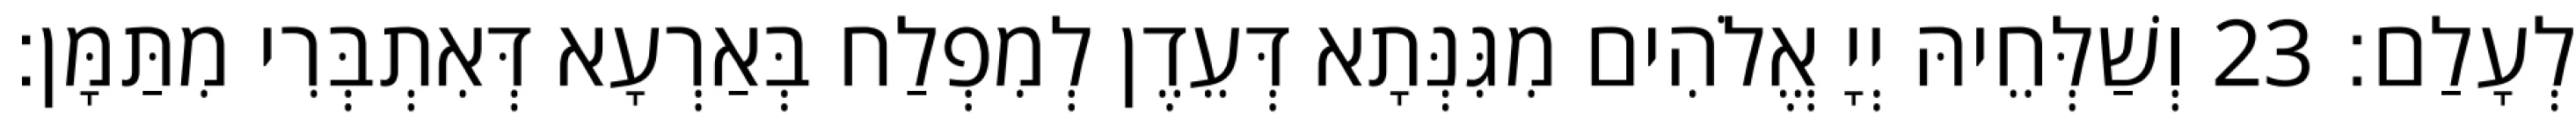
לְעָלַם׃ 23 וְשַׁלְּחֵיהּ יְיָ אֱלֹהִים מִגִּנְּתָא דְּעֵדֶן לְמִפְלַח בְּאַרְעָא דְּאִתְבְּרִי מִתַּמָּן׃